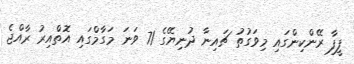
ފީފާ ރޭންކިންގައި މިވަގުތު ޗައިނާ ދުނިޔޭގެ 71 ވަނަ މަގާމްގައި އޮތްއިރު ރާއްޖެ